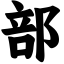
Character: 部